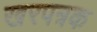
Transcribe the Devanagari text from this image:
खरपत्रक